Dysentery in Hazaribagh Central Jail - Number 52
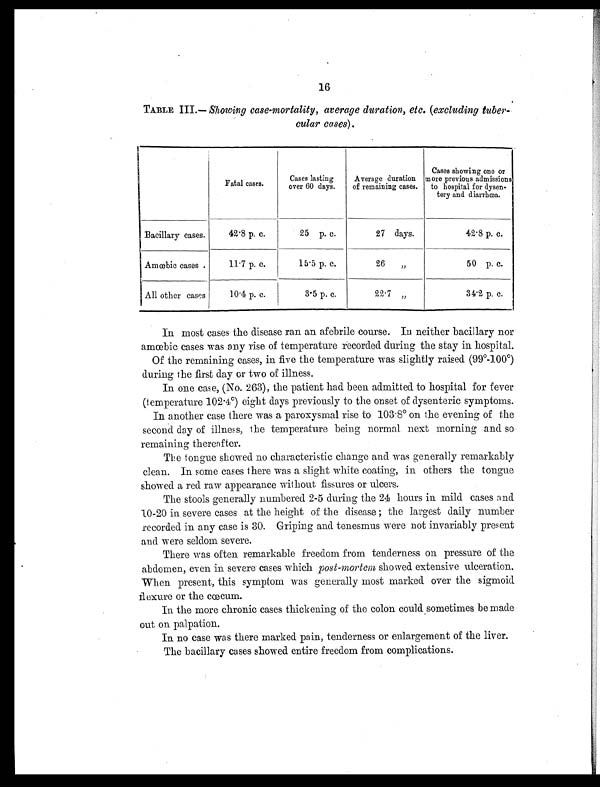
16
TABLE III.— Showing case-mortality, average duration, etc. (excluding tuber-
cular cases).
Fatal cases.
Cases lasting
over 60 days.
Average duration
of remaining cases.
Cases showing one or
more previous admissions
to hospital for dysen-
tery and diarrhœa.
Bacillary cases.
42.8 p. c.
25 p. c.
27 days.
42.8 p. c.
Amœbic cases .
11.7 p. c.
15.5 p. c.
26
,,
50 p. c.
All other cases
10.4 p. c.
3.5 p. c.
22.7 ,,
34.2 p. c.
In most cases the disease ran an afebrile course. In neither bacillary nor
amoebic cases was any rise of temperature recorded during the stay in hospital.
Of the remaining cases, in five the temperature was slightly raised (99º-100º)
during the first day or two of illness.
In one case, (No. 263), the patient had been admitted to hospital for fever
(temperature 102.4°) eight days previously to the onset of dysenteric symptoms.
In another case there was a paroxysmal rise to 103.8° on the evening of the
second day of illness, the temperature being normal next morning and so
remaining thereafter.
The tongue showed no characteristic change and was generally remarkably
clean. In some cases there was a slight white coating, in others the tongue
showed a red raw appearance without fissures or ulcers.
The stools generally numbered 2-5 during the 24 hours in mild cases and
10-20 in severe cases at the height of the disease; the largest daily number
recorded in any case is 30. Griping and tenesmus were not invariably present
and were seldom severe.
There was often remarkable freedom from tenderness on pressure of the
abdomen, even in severe cases which post-mortem showed extensive ulceration.
When present, this symptom was generally most marked over the sigmoid
flexure or the cœcum.
In the more chronic cases thickening of the colon could sometimes be made
out on palpation.
In no case was there marked pain, tenderness or enlargement of the liver.
The bacillary cases showed entire freedom from complications.